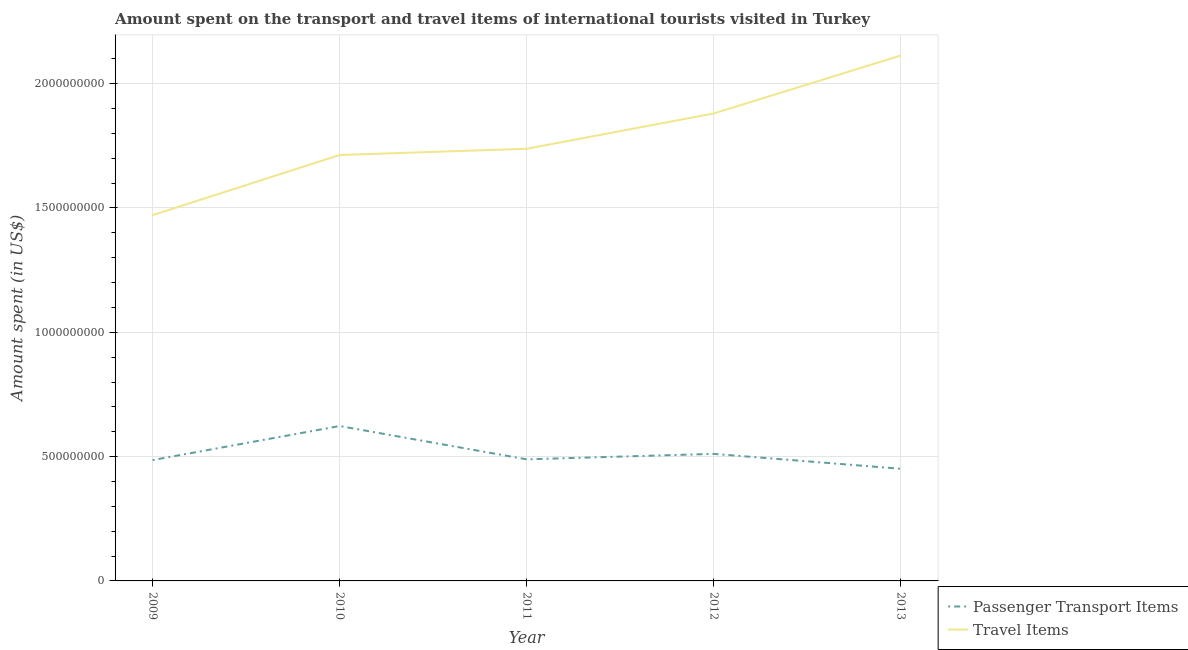
| Year | Passenger Transport Items | Travel Items |
 | --- | --- | --- |
 | 2009 | 4.86e+08 | 1.47e+09 |
 | 2010 | 6.23e+08 | 1.71e+09 |
 | 2011 | 4.89e+08 | 1.74e+09 |
 | 2012 | 5.11e+08 | 1.88e+09 |
 | 2013 | 4.51e+08 | 2.11e+09 |